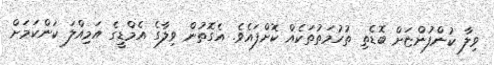
ވިލާ ކުންފުންޏަށް ބޮޑެތި ތުހުމަތުތަކެއް ކޮށްފައެވެ. އެގޮތުން ވިލާގެ އެމްޑީގެ އަމިއްލަ ކަންކަމަށް